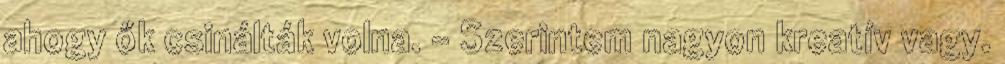
ahogy ők csinálták volna. - Szerintem nagyon kreatív vagy.